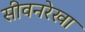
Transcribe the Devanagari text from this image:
सीवनरेखा